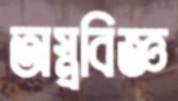
অস্ত্রবিজ্ঞ